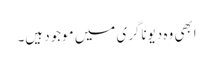
ابھی وہ دیوناگری میں موجود ہیں۔